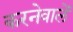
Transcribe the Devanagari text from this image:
करनेवालें